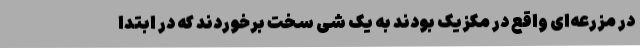
در مزرعه‌ای واقع در مکزیک بودند به یک شی سخت برخوردند که در ابتدا